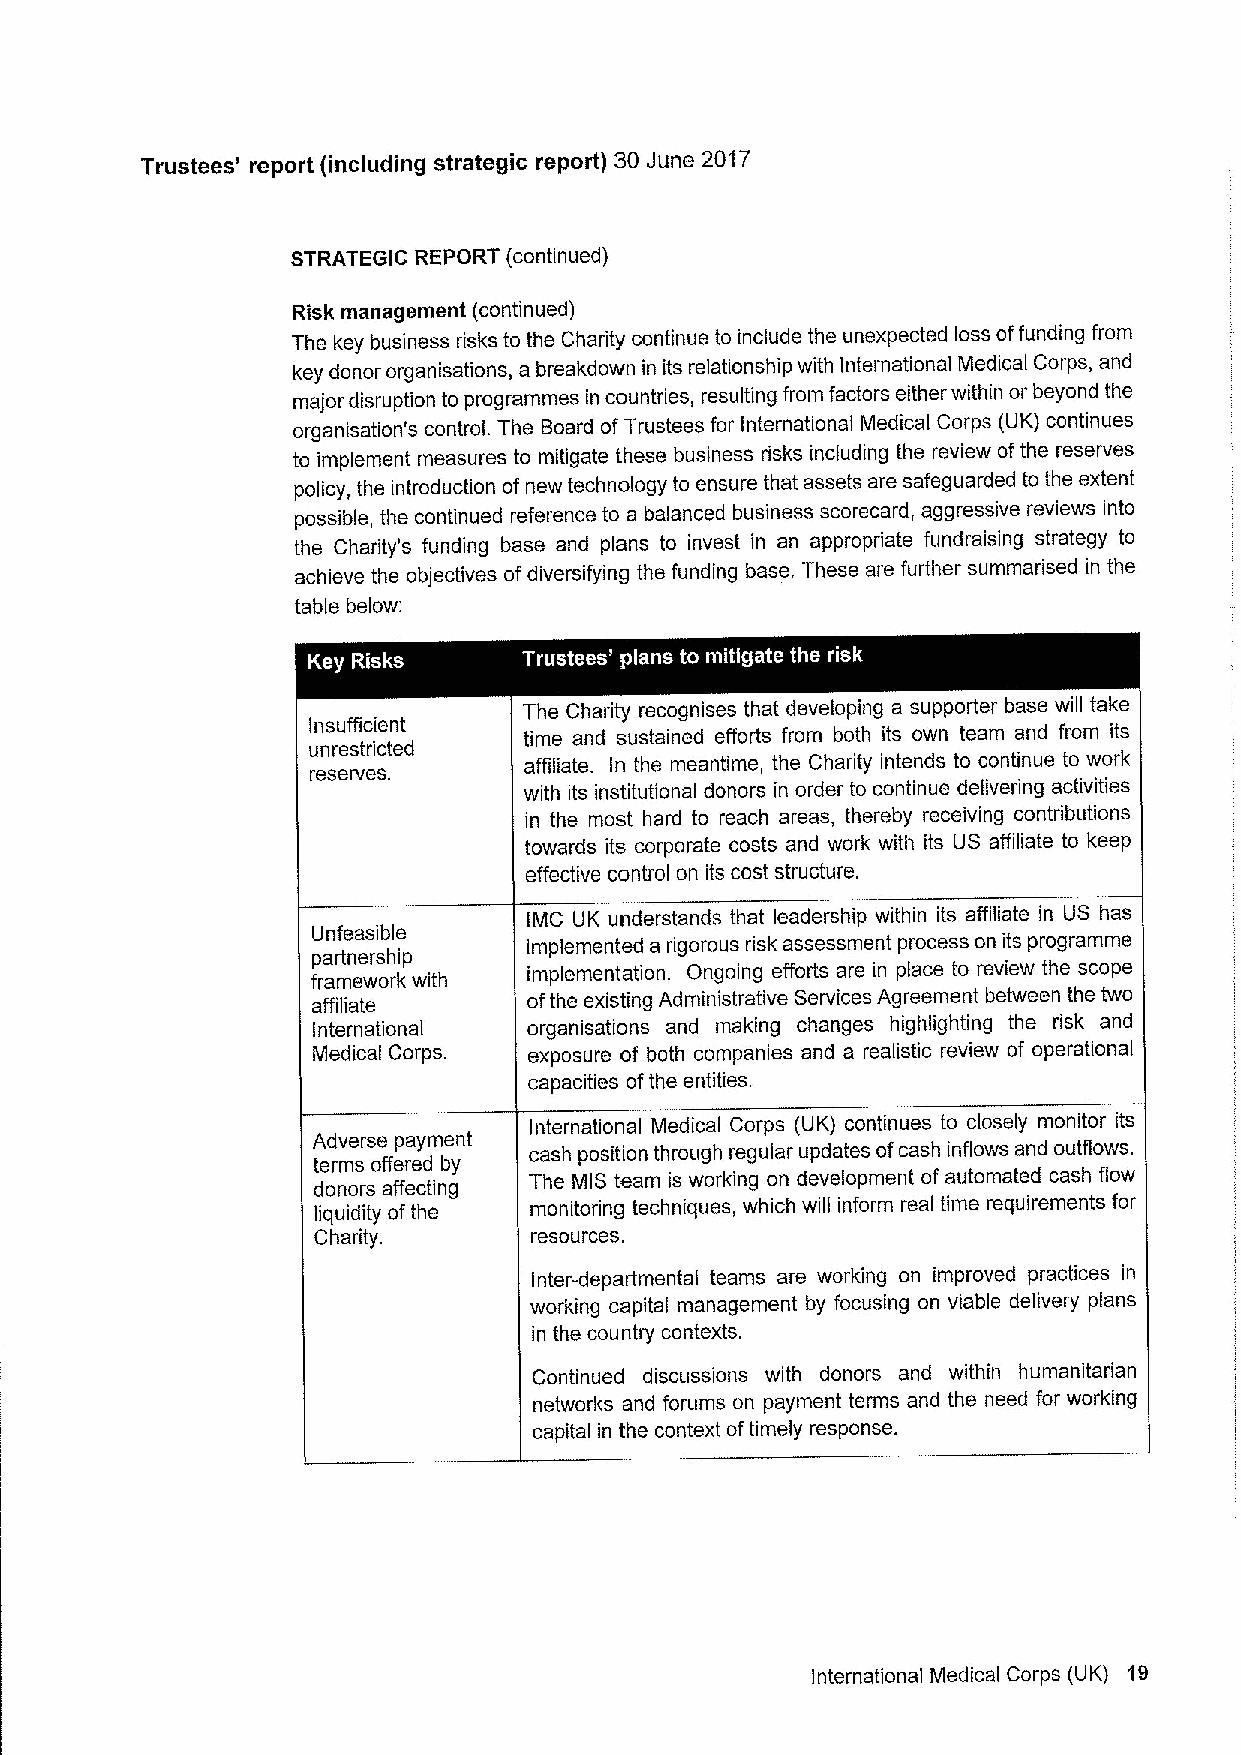
Trustees' report (including strategic report) 30 June 2017
 STRATEGIC REPORT (continued)
 Risk management (continued)
 The key business risks to the Charity continue to include the unexpected loss offunding from
 key donor organisations, a breakdown in its relationship with International Medical Corps, and
 major disruption to programmes in countries, resulting from factors either within or beyond the
 organisation's control. The Board ofTrustees for International Medical Corps (UK) continues
 to implement measures to mitigate these business risks including the review ofthe reserves
 policy, the introduction ofnew technology to ensure that assets are safeguarded to the extent
 possible, the continued reference to a balanced business scorecard, aggressive reviews into
 the Charity's funding base and plans to invest in an appropriate fundraising strategy to
 achieve the objectives ofdiversifying the funding base. These are further summarised in the
 table below:
 The Charity recognises that developing a supporter base will take
 Insufficient
 time and sustained efforts from both its own team and from its
 unrestricted
 reserves.     affiliate. In the meantime, the Charity intends to continue to work
 with its institutional donors in order to continue delivering activities
 in the most hard to reach areas, thereby receiving contributions
 towards its corporate costs and work with its US affiliate to keep
 effective control on its cost structure.
 IMC UK understands that leadership within its affiliate in US has
 Unfeasible
 implemented a rigorous risk assessment process on its programme
 partnership
 implementation. Ongoing efforts are in place to review the scope
 framework with
 affiliate     ofthe existing Administrative Services Agreement between the two
 International organisations and making changes highlighting the risk and
 Medical Corps. exposure of both companies and a realistic review of operational
 capacities ofthe entities.
 International Medical Corps (UK) continues to closely monitor its
 Adverse payment
 cash position through regular updates ofcash inflows and outflows.
 terms offered by
 The MIS team is working on development of automated cash flow
 donors affecting
 liquidity ofthe monitoring techniques, which will inform real time requirements for
 Charity.      resources.
 Inter-departmental teams are working on improved practices in
 working capital management by focusing on viable delivery plans
 in the country contexts.
 Continued discussions with donors and within humanitarian
 networks and forums on payment terms and the need for working
 capital in the context oftimely response.
 International Medical Corps (UK) 19